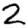
Digit: 2